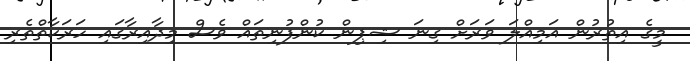
މީގެ އިތުރުން އަމިއްލަ ވަރަށް ގިނަ ޝިޕިން ކުންފުނިތައް ވެސް މިދާއިރާގައި ހަރަކާތްތެރި